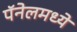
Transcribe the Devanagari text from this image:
पॅनेलमध्ये